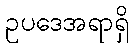
ဥပဒေအရာရှိ